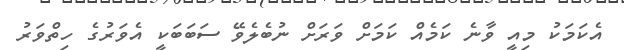
އެކަމަކު މިއީ ވާނެ ކަމެއް ކަމަށް ވަރަށް ނުބެލެވޭ ސަބަބަކީ އެވަރުގެ ހިތްވަރު